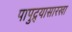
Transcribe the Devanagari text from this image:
पापुद्र्यासारखा